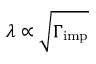
\lambda \propto \sqrt { \Gamma _ { \mathrm { i m p } } }